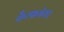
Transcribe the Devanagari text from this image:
कैम्फमेयर